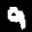
Label: 9